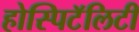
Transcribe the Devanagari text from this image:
होस्पिटॅलिटी